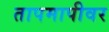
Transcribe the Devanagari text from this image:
तापमापीवर